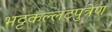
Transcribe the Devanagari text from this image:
भट्टकल्लटपुत्रेण